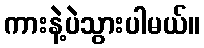
ကားနဲ့ပဲသွားပါမယ်။